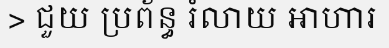
> ជួយ ប្រព័ន្ធ រំលាយ អាហារ